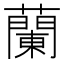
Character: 蘭